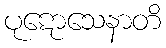
ပုဋောသေနာတိ